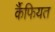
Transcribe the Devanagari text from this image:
र्कैफियत